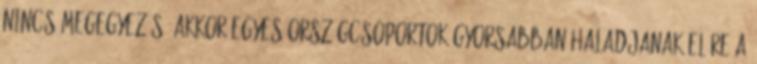
nincs megegyezés, akkor egyes országcsoportok gyorsabban haladjanak előre a